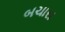
બચારા